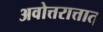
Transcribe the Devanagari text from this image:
अवोत्तरात्तात्